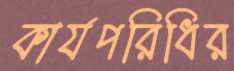
কার্যপরিধির